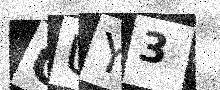
Text: OUY3